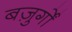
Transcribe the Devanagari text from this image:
बज़ुर्गों